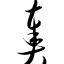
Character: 奏